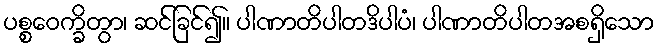
ပစ္စဝေက္ခိတွာ၊ ဆင်ခြင်၍။ ပါဏာတိပါတဒိပါပံ၊ ပါဏာတိပါတအစရှိသော